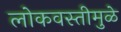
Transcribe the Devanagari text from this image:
लोकवस्तीमुळे